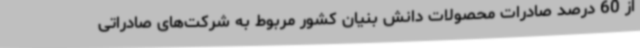
از 60 درصد صادرات محصولات دانش بنیان کشور مربوط به شرکت‌های صادراتی